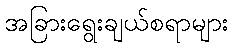
အခြားရွေးချယ်စရာများ